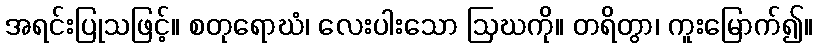
အရင်းပြုသဖြင့်။ စတုရောဃံ၊ လေးပါးသော ဩဃကို။ တရိတွာ၊ ကူးမြောက်၍။